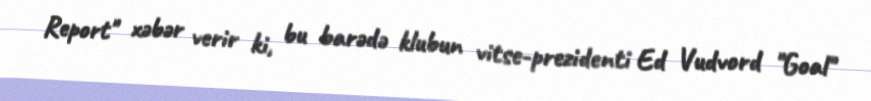
Report" xəbər verir ki, bu barədə klubun vitse-prezidenti Ed Vudvord "Goal"